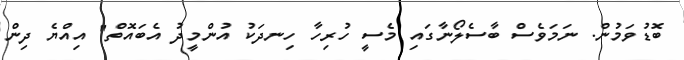
ބޮޑުވަމުން. ނަމަވެސް ބާސެލޯނާގައި މެސީ ހުރިހާ ހިނދަކު އުންމީދު އެބައޮތް" އިއްޔެ ދިން